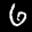
Label: 6